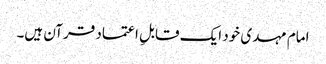
امام مہدی خود ایک قابلِ اعتماد قرآن ہیں۔